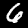
Digit: 6